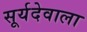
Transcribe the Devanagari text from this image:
सूर्यदेवाला